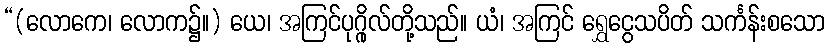
“(လောကေ၊ လောက၌။) ယေ၊ အကြင်ပုဂ္ဂိုလ်တို့သည်။ ယံ၊ အကြင် ရွှေငွေသပိတ် သင်္ကန်းစသော